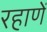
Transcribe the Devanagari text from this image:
रहाणें